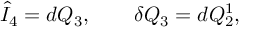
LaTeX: \hat { I } _ { 4 } = d Q _ { 3 } , \qquad \delta Q _ { 3 } = d Q _ { 2 } ^ { 1 } ,